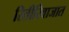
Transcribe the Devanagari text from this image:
रितीरिवाजात